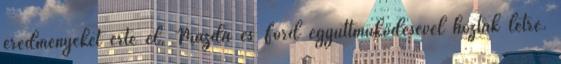
eredményeket érte el, Mazda és Ford együttműködésével hoztak létre.